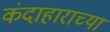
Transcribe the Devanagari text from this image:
कंदाहाराच्या